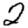
Digit: 2